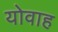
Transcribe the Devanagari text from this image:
योवाह